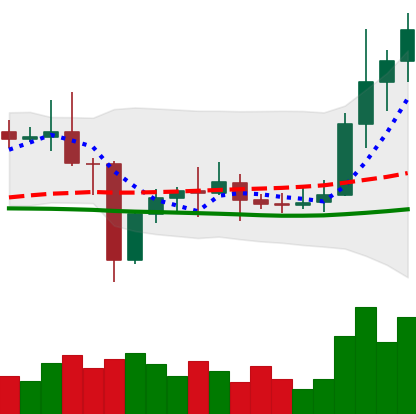
Ticker: ETC-USD
Chart end date: 2021-01-06
Forward return: -4.502%
Label: down_3_5